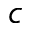
c